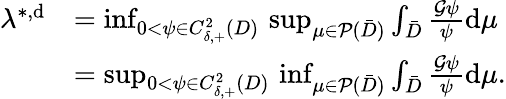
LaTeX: \begin{array}{rl}{\lambda^{*,\mathrm{d}}}&{=\operatorname*{inf}_{0<\psi\in C_{\delta,+}^{2}(D)}\, \operatorname*{sup}_{\mu\in{\mathcal{P}}(\bar{D})}\int_{\bar{D}}\frac{{\mathcal{G}}\psi}{\psi}\mathrm{d}\mu}\\ &{=\operatorname*{sup}_{0<\psi\in C_{\delta,+}^{2}(D)}\, \operatorname*{inf}_{\mu\in{\mathcal{P}}(\bar{D})}\int_{\bar{D}}\frac{{\mathcal{G}}\psi}{\psi}\mathrm{d}\mu.}\end{array}